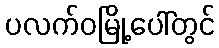
ပလက်ဝမြို့ပေါ်တွင်